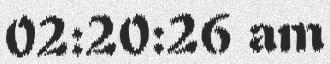
02:20:26 am